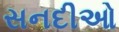
સનદીઓ